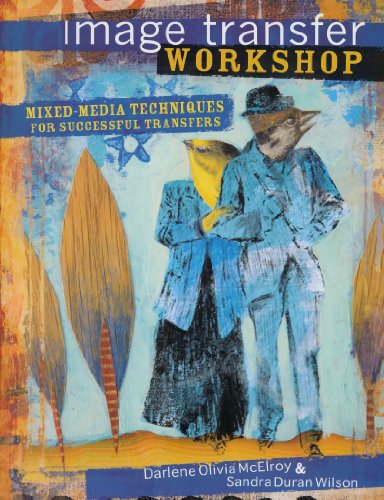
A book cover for Image Transfer Workshop: Mixed-Media Techniques for Successful Transfers; Darlene Olivia McElroy; Crafts, Hobbies & Home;